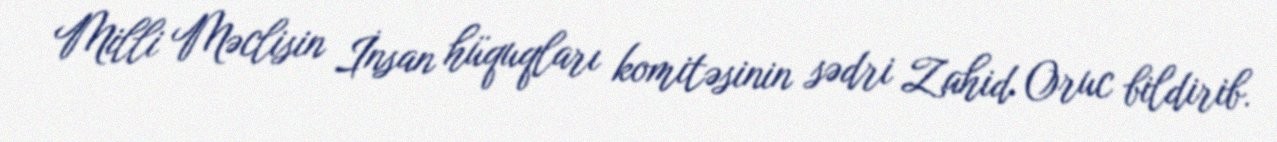
Milli Məclisin İnsan hüquqları komitəsinin sədri Zahid Oruc bildirib.